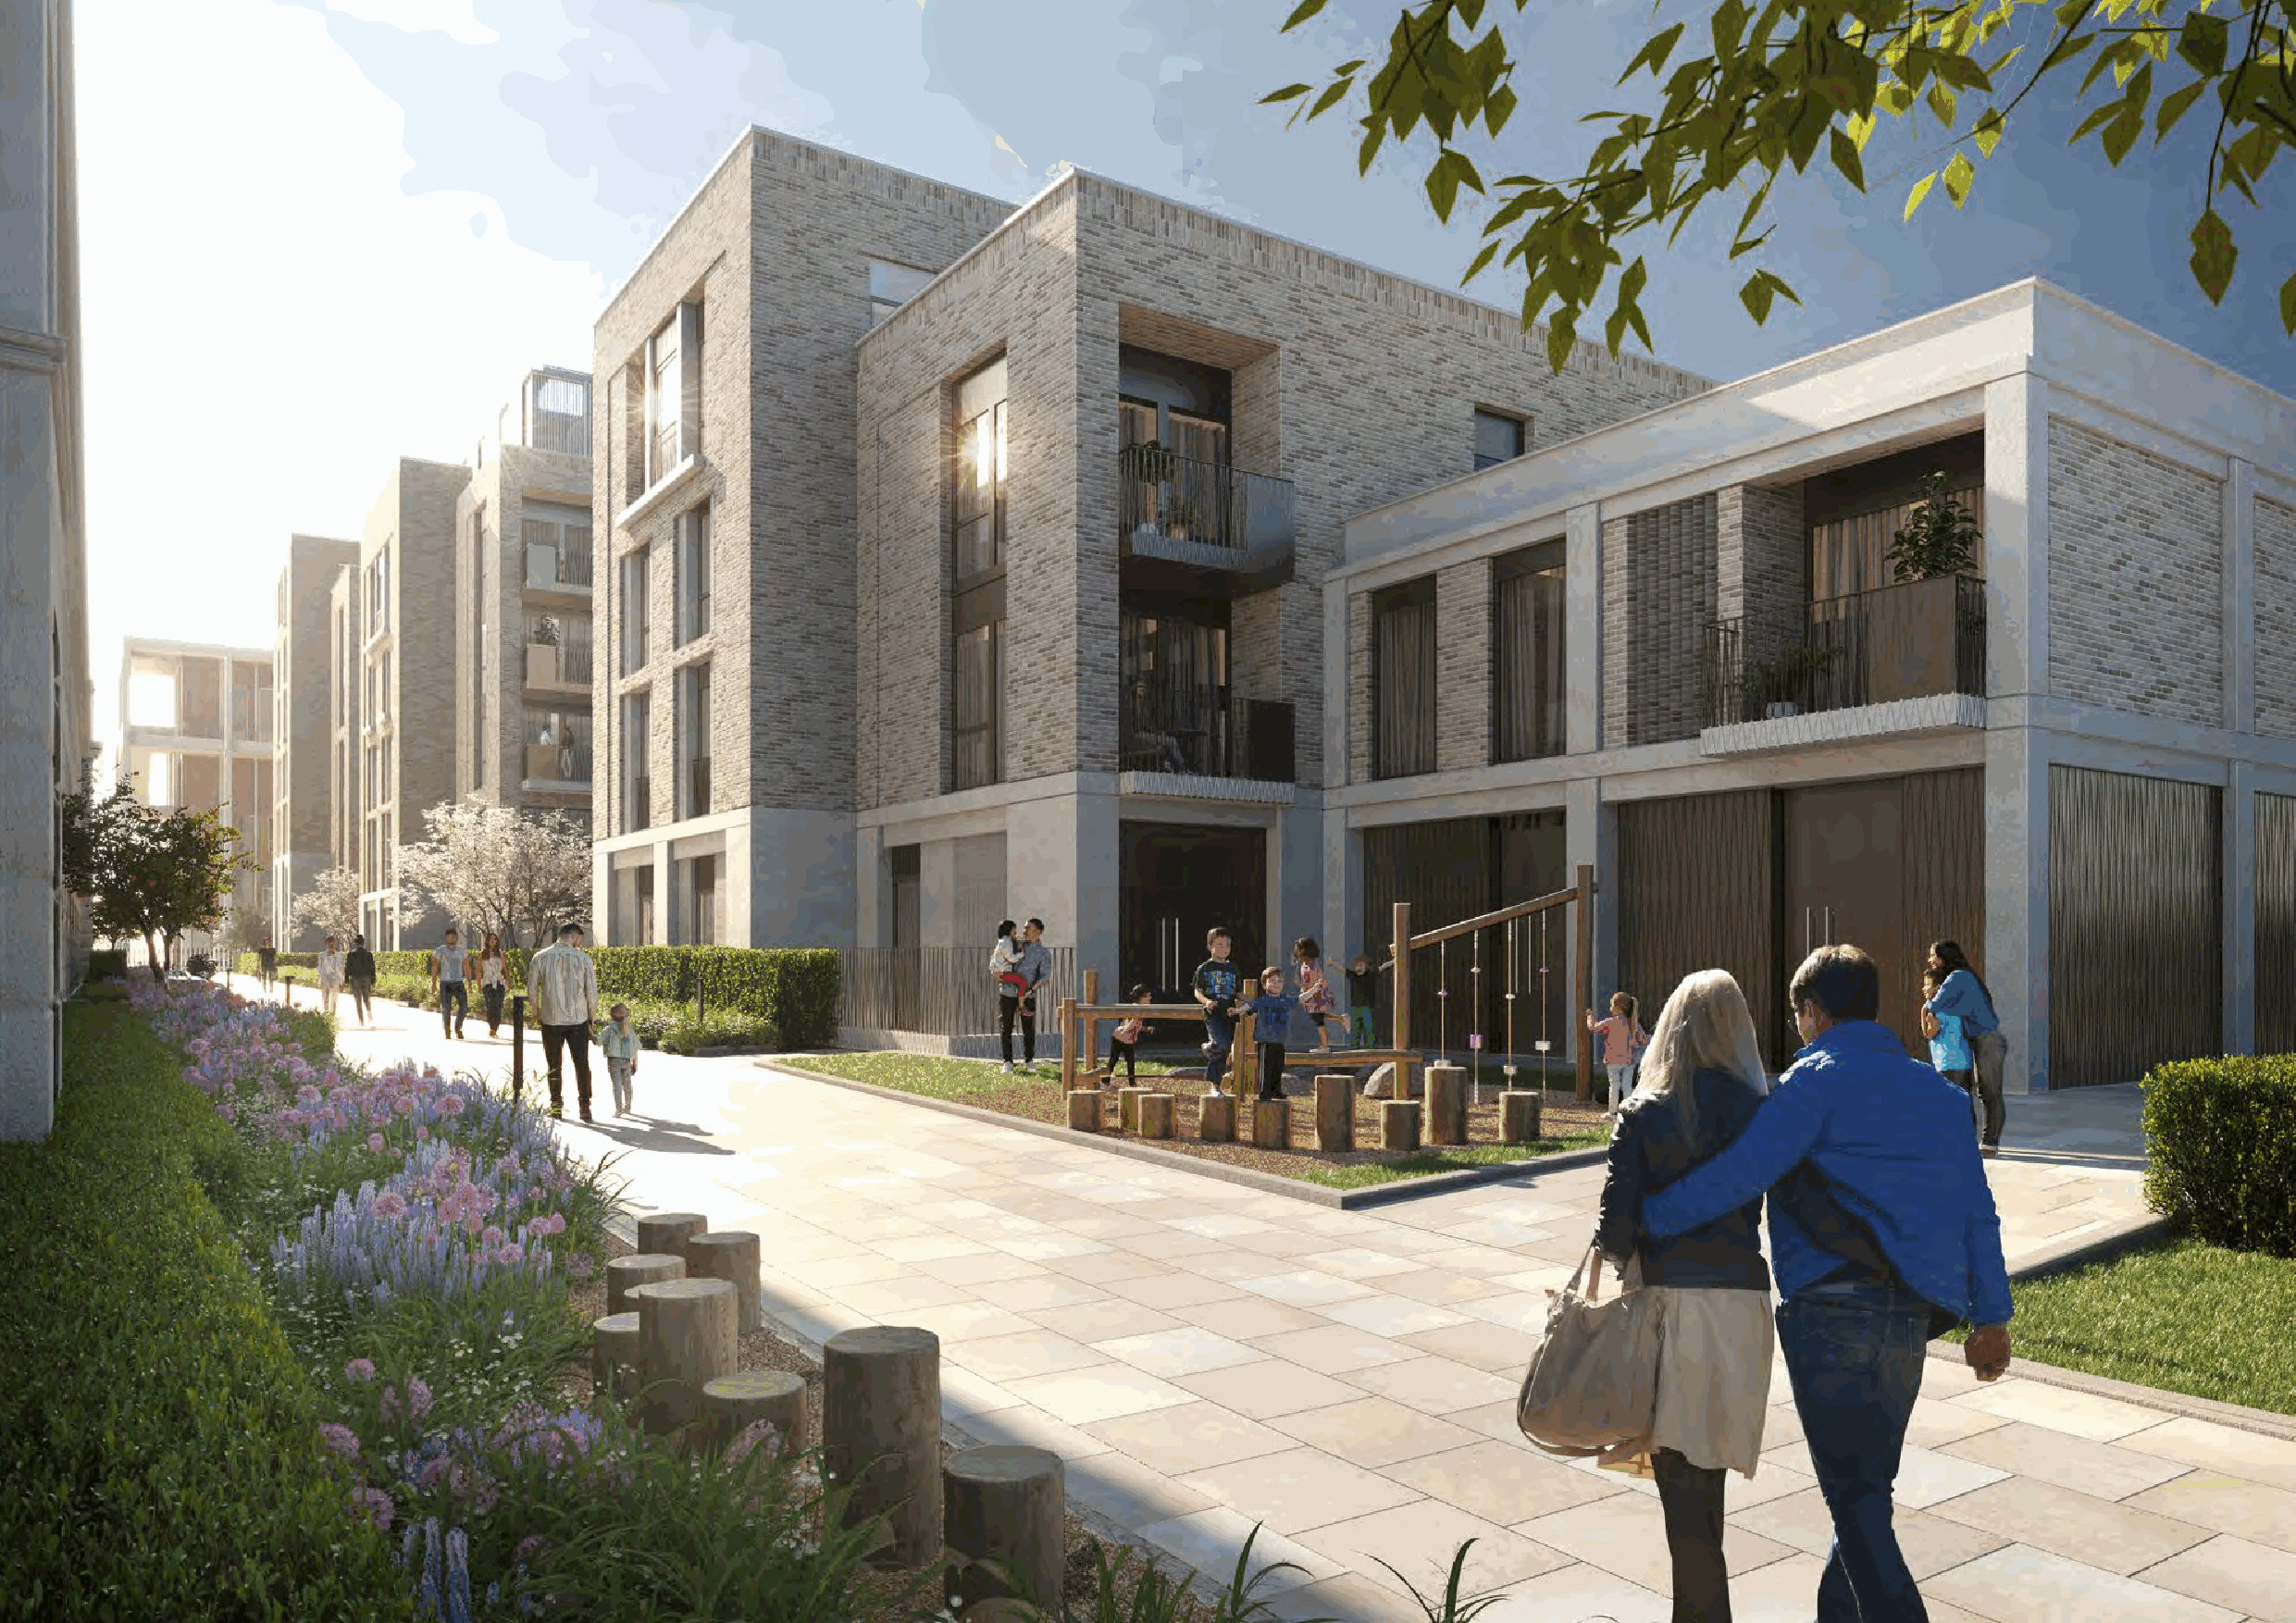
Former Surrey County Hall, Kingston Design and Access Statement                                                                          105